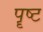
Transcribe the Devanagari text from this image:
पॄष्ट